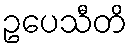
ဥပေသီတိ